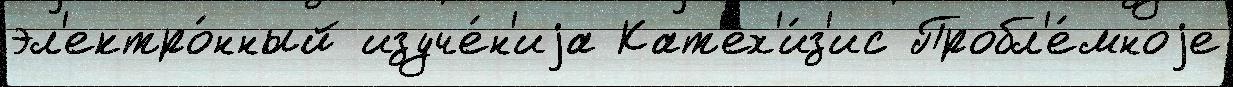
эл'ектро́нный изуче́н'иjа Кат'ех'и́з'ис Пробл'е́мноjе